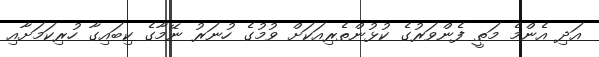
އަދި އެންމެ މަތީ ފެންވަރުގެ ކުޅުންތެރިއަކަށް ވުމުގެ ހުނަރު ނޭމާގެ ކިބައިގާ ހުރިކަމަށާއި